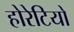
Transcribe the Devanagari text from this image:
होरेटियो